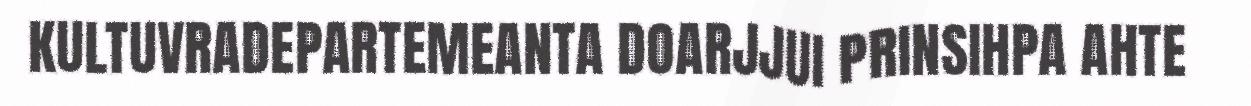
KULTUVRADEPARTEMEANTA DOARJJUI PRINSIHPA AHTE